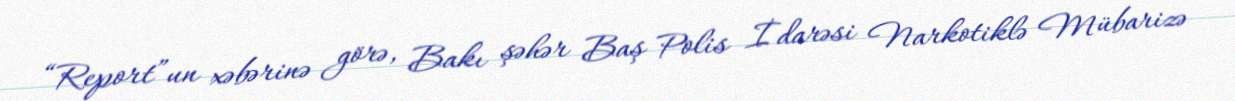
“Report”un xəbərinə görə, Bakı şəhər Baş Polis İdarəsi Narkotiklə Mübarizə